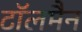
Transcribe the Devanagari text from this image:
टॉलमैन